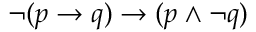
\neg ( p \to q ) \to ( p \land \neg q )